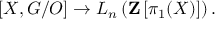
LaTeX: [ X , G / O ] \to L _ { n } \left( \mathbf { Z } \left[ \pi _ { 1 } ( X ) \right] \right) .